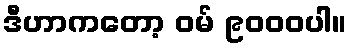
ဒီဟာကတော့ ဝမ် ၉၀၀၀ပါ။